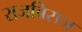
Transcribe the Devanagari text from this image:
राजबिराज